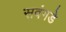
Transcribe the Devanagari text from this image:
सवंगडे